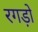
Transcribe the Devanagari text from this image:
रगड़ो